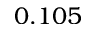
0 . 1 0 5